Papers set at the Examination for Leaving Certificates, 1889
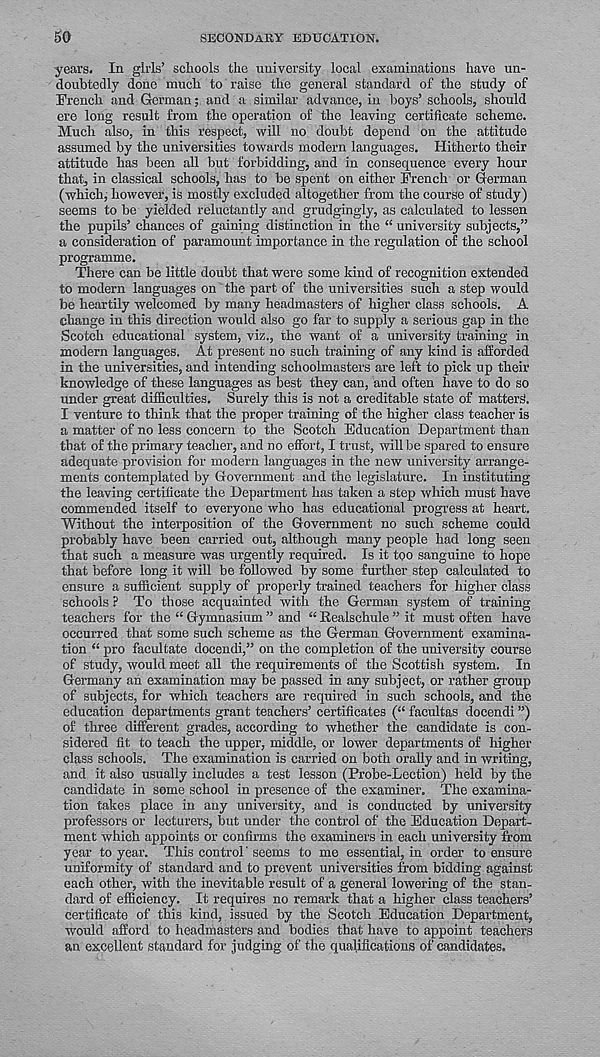
50
SECONDARY EDUCATION.
years. In girls’ schools the university local examinations have un-
doubtedly done much to raise the general standard of the study of
French and German; and a similar' advance, in boys’ schools, should
ere long result from the operation of the leaving certificate scheme.
Much also, in this respect, will no doubt depend on the attitude
assumed by the universities towards modern languages. Hitherto their
attitude has been all but forbidding, and in consequence every hour
that, in classical schools, has to be spent on either French or German
(which, however, is mostly excluded altogether from the course of study)
seems to be yielded reluctantly and grudgingly, as calculated to lessen
the pupils’ chances of gaining distinction in the “ university subjects,”
a consideration of paramount importance in the regulation of the school
programme.
There can be little doubt that were some kind of recognition extended
to modern languages on the part of the universities such a step would
be heartily welcomed by many headmasters of higher class schools. A
change in this direction would also go far to supply a serious gap in the
Scotch educational system, viz., the want of a university training in
modern languages. At present no such training of any kind is afforded
in the universities, and intending schoolmasters are left to pick up their
knowledge of these languages as best they can, and often have to do so
under great difficulties. Surely this is not a creditable state of matter^.
I venture to think that the proper training of the higher class teacher is
a matter of no less concern to the Scotch Education Department than
that of the primary teacher, and no effort, I trust, will be spared to ensure
adequate provision for modern languages in the new university arrange-
ments contemplated by Government and the legislature. In instituting
the leaving certificate the Department has taken a step which must have
commended itself to everyone who has educational progress at heart.
Without the interposition of the Government no such scheme could
probably have been carried out, although many people had long seen
that such a measure was urgently required. Is it too sanguine to hope
that before long it will be followed by some further step calculated to
ensure a sufficient supply of properly trained teachers for higher class
schools ? To those acquainted with the German system of training
teachers for the “ Gymnasium ” and “ Realschule ” it must often have
occurred that some such scheme as the German Government examina-
tion “ pro facilitate docendi,” on the completion of the university course
of study, would meet all the requirements of the Scottish system. In
Germany an examination may be passed in any subject, or rather group
of subjects, for which teachers are required in such schools, and the
education departments grant teachers’ certificates (“ facultas doeendi ”)
of three different grades, according to whether the candidate is con-
sidered fit to teach the upper, middle, or lower departments of higher
class schools. The examination is carried on both orally and in writing,
and it also usually includes a test lesson (Probe-Lection) held by the
candidate in some school in presence of the examiner. The examina-
tion takes place in any university, and is conducted by university
professors or lecturers, but under the control of the Education Depart-
ment which appoints or confirms the examiners in each university from
year to year. This control' seems to me essential, in order to ensure
uniformity of standard and to prevent universities from bidding against
each other, with the inevitable result of a general lowering of the stan-
dard of efficiency. It requires no remark that a higher class teachers’
certificate of this kind, issued by the Scotch Education Department,
would afford to headmasters and bodies that have to appoint teachers
an excellent standard for judging of the qualifications of candidates.